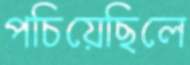
পচিয়েছিলে